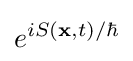
e^{iS(\mathbf {x} ,t)/\hbar }